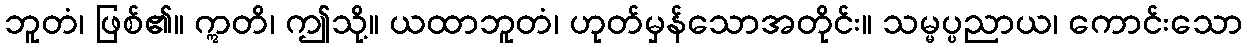
ဘူတံ၊ ဖြစ်၏။ ဣတိ၊ ဤသို့။ ယထာဘူတံ၊ ဟုတ်မှန်သောအတိုင်း။ သမ္မပ္ပညာယ၊ ကောင်းသော